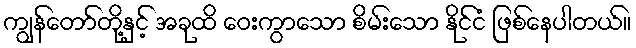
ကျွန်တော်တို့နှင့် အခုထိ ဝေးကွာသော စိမ်းသော နိုင်ငံ ဖြစ်နေပါတယ်။